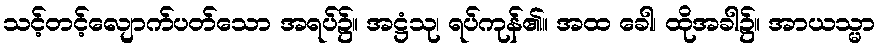
သင့်တင့်လျောက်ပတ်သော အရပ်၌။ အဋ္ဌံသု၊ ရပ်ကုန်၏။ အထ ခေါ၊ ထိုအခါ၌။ အာယသ္မာ